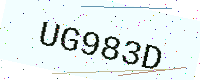
Text: UG983D